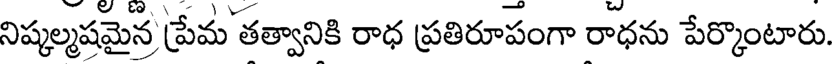
నిష్కల్మషమైన ప్రేమ తత్వానికి రాధ ప్రతిరూపంగా రాధను పేర్కొంటారు.